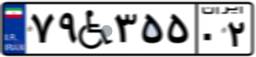
۷۹W۳۵۵۰۲